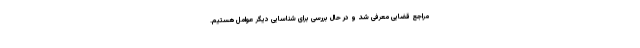
مراجع قضایی معرفی شد و در حال بررسی برای شناسایی دیگر عوامل هستیم.